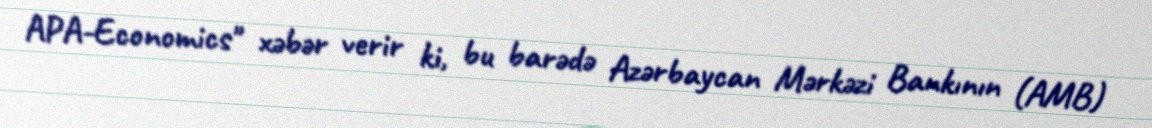
APA-Economics" xəbər verir ki, bu barədə Azərbaycan Mərkəzi Bankının (AMB)